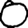
Digit: 0